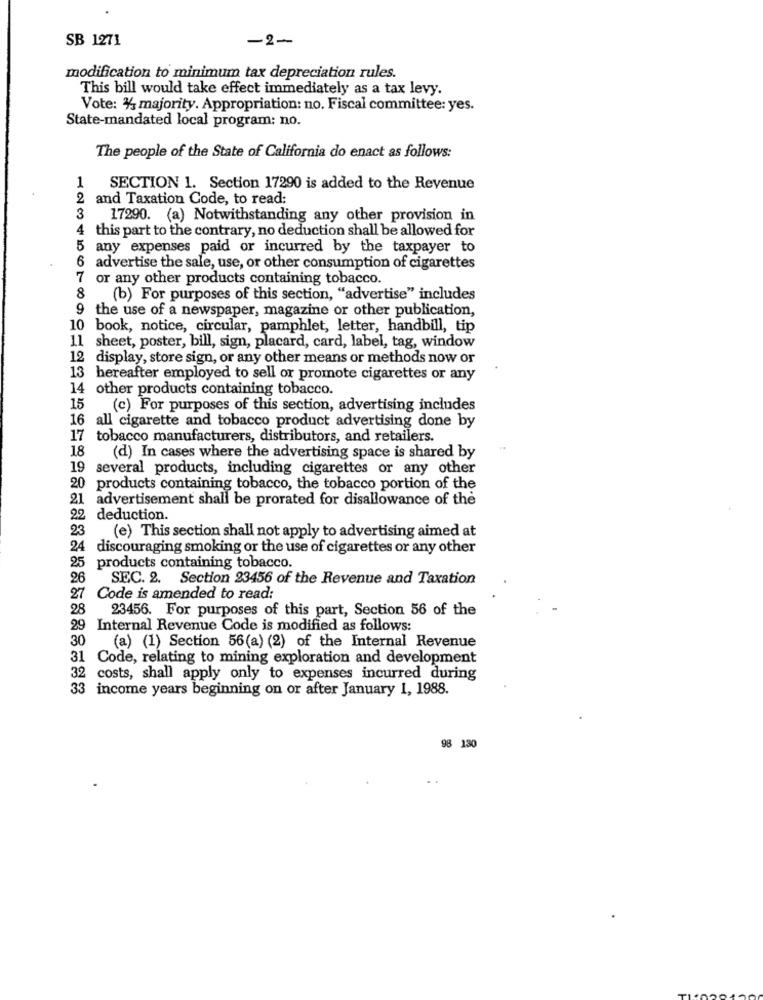
SB 1271
-2-
modification to minimum tax depreciation rules.
This bill would take effect immediately as a tax levy.
Vote: 4/2 majority. Appropriation: no. Fiscal committee: yes.
State-mandated local program: no.
The people of the State of California do enact as follows:
1
SECTION 1. Section 17290 is added to the Revenue
2
and Taxation Code, to read:
3
17290. (a) Notwithstanding any other provision in
4
this part to the contrary, no deduction shall be allowed for
5 any expenses paid or incurred by the taxpayer to
6 advertise the sale, use, or other consumption of cigarettes
7 or any other products containing tobacco.
8
(b) For purposes of this section, "advertise" includes
9 the use of a newspaper, magazine or other publication,
10 book, notice, circular, pamphlet, letter, handbill, tip
11 sheet, poster, bill, sign, placard, card, label, tag, window
12 display, store sign, or any other means or methods now or
13 hereafter employed to sell or promote cigarettes or any
14 other products containing tobacco.
15
(c) For purposes of this section, advertising includes
16 all cigarette and tobacco product advertising done by
17 tobacco manufacturers, distributors, and retailers.
18
(d) In cases where the advertising space is shared by
19 several products, including cigarettes or any other
20 products containing tobacco, the tobacco portion of the
21 advertisement shall be prorated for disallowance of the
22 deduction.
23
(e) This section shall not apply to advertising aimed at
24 discouraging smoking or the use of cigarettes or any other
25
products containing tobacco.
26
SEC. 2. Section 23456 of the Revenue and Taxation
27
Code is amended to read:
28
23456. For purposes of this part, Section 56 of the
29 Internal Revenue Code is modified as follows:
30 (a) (1) Section 56(a) (2) of the Internal Revenue
31 Code, relating to mining exploration and development
32
costs, shall apply only to expenses incurred during
33
income years beginning on or after January 1, 1988.
98 130